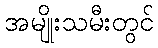
အမျိုးသမီးတွင်